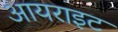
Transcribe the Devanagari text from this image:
आयराइट